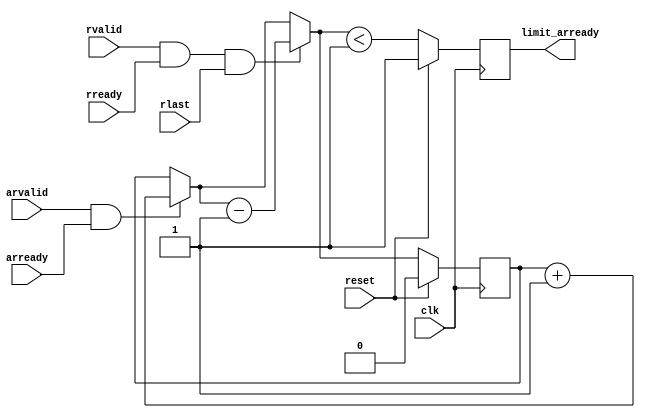
// ---------------------------------------------------------------------------
//  Jelly  -- The platform for real-time computing
//
//                                 Copyright (C) 2008-2016 by Ryuji Fuchikami
//                                 https://github.com/ryuz/jelly.git
// ---------------------------------------------------------------------------



`timescale 1ns / 1ps
`default_nettype none



module jelly_texture_cache_limitter
        #(
            parameter   LIMIT_NUM    = 1,   // if 0, no-limitter
            parameter   PACKET_FIRST = 0
        )
        (
            input   wire                            reset,
            input   wire                            clk,
            
            input   wire                            arvalid,
            input   wire                            arready,
            input   wire                            rlast,
            input   wire                            rvalid,
            input   wire                            rready,
            
            output  wire                            limit_arready
        );
    
    
    localparam  COUNTER_WIDTH  = LIMIT_NUM <     2 ?  1 :
                                 LIMIT_NUM <     4 ?  2 :
                                 LIMIT_NUM <     8 ?  3 :
                                 LIMIT_NUM <    16 ?  4 :
                                 LIMIT_NUM <    32 ?  5 :
                                 LIMIT_NUM <    64 ?  6 :
                                 LIMIT_NUM <   128 ?  7 :
                                 LIMIT_NUM <   256 ?  8 :
                                 LIMIT_NUM <   512 ?  9 :
                                 LIMIT_NUM <  1024 ? 10 :
                                 LIMIT_NUM <  2048 ? 11 :
                                 LIMIT_NUM <  4096 ? 12 :
                                 LIMIT_NUM <  8192 ? 13 :
                                 LIMIT_NUM < 16384 ? 14 :
                                 LIMIT_NUM < 32768 ? 15 : 16;
    
    
    generate
    if ( LIMIT_NUM <= 0 ) begin : blk_bypass
        assign limit_arready = 1'b1;
    end
    else begin : blk_limitter
        // packet end
        wire    rend;
        
        if ( PACKET_FIRST ) begin
            reg     reg_rfirst;
            always @(posedge clk) begin
                if ( reset ) begin
                    reg_rfirst <= 1'b1;
                end
                else begin
                    if ( rvalid && rready ) begin
                        reg_rfirst <= rlast;
                    end
                end
            end
            assign rend = reg_rfirst;
        end
        else begin
            assign rend = rlast;
        end
        
        
        // limitter
        reg     [COUNTER_WIDTH-1:0]     reg_counter, next_counter;
        reg                             reg_arready, next_arready;
        
        always @* begin
            next_counter = reg_counter;
            next_arready = reg_arready;
            
            if ( arvalid && arready ) begin
                next_counter = next_counter + 1'b1;
            end
            
            if ( rvalid && rready && rend ) begin
                next_counter = next_counter - 1'b1;
            end
            
            next_arready = (next_counter < LIMIT_NUM);
        end
        
        always @(posedge clk) begin
            if ( reset ) begin
                reg_counter <= {COUNTER_WIDTH{1'b0}};
                reg_arready <= 1'b1;
            end
            else begin
                reg_counter <= next_counter;
                reg_arready <= next_arready;
            end
        end
        
        assign limit_arready = reg_arready;
    end
    endgenerate
    
    
endmodule



`default_nettype wire


// end of file